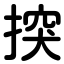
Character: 揬